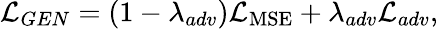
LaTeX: \mathcal{L}_{GEN}=(1-\lambda_{adv})\mathcal{L}_{\mathrm{MSE}}+\lambda_{adv}\mathcal{L}_{adv},